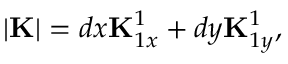
| { \bf K } | = d x { \bf K } _ { 1 x } ^ { 1 } + d y { \bf K } _ { 1 y } ^ { 1 } ,